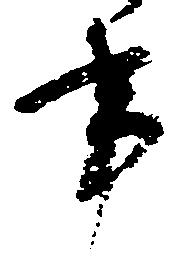
事